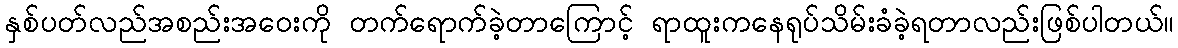
နှစ်ပတ်လည်အစည်းအဝေးကို တက်ရောက်ခဲ့တာကြောင့် ရာထူးကနေရုပ်သိမ်းခံခဲ့ရတာလည်းဖြစ်ပါတယ်။